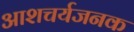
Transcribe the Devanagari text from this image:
आशचर्यजनक